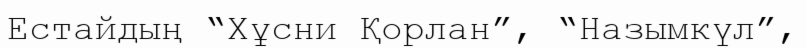
Естайдың “Хұсни Қорлан”, “Назымкүл”,